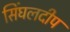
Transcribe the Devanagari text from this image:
सिंघलदीप